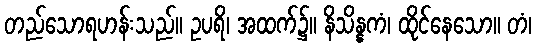
တည်သောရဟန်းသည်။ ဥပရိ၊ အထက်၌။ နိသိန္နကံ၊ ထိုင်နေသော။ တံ၊